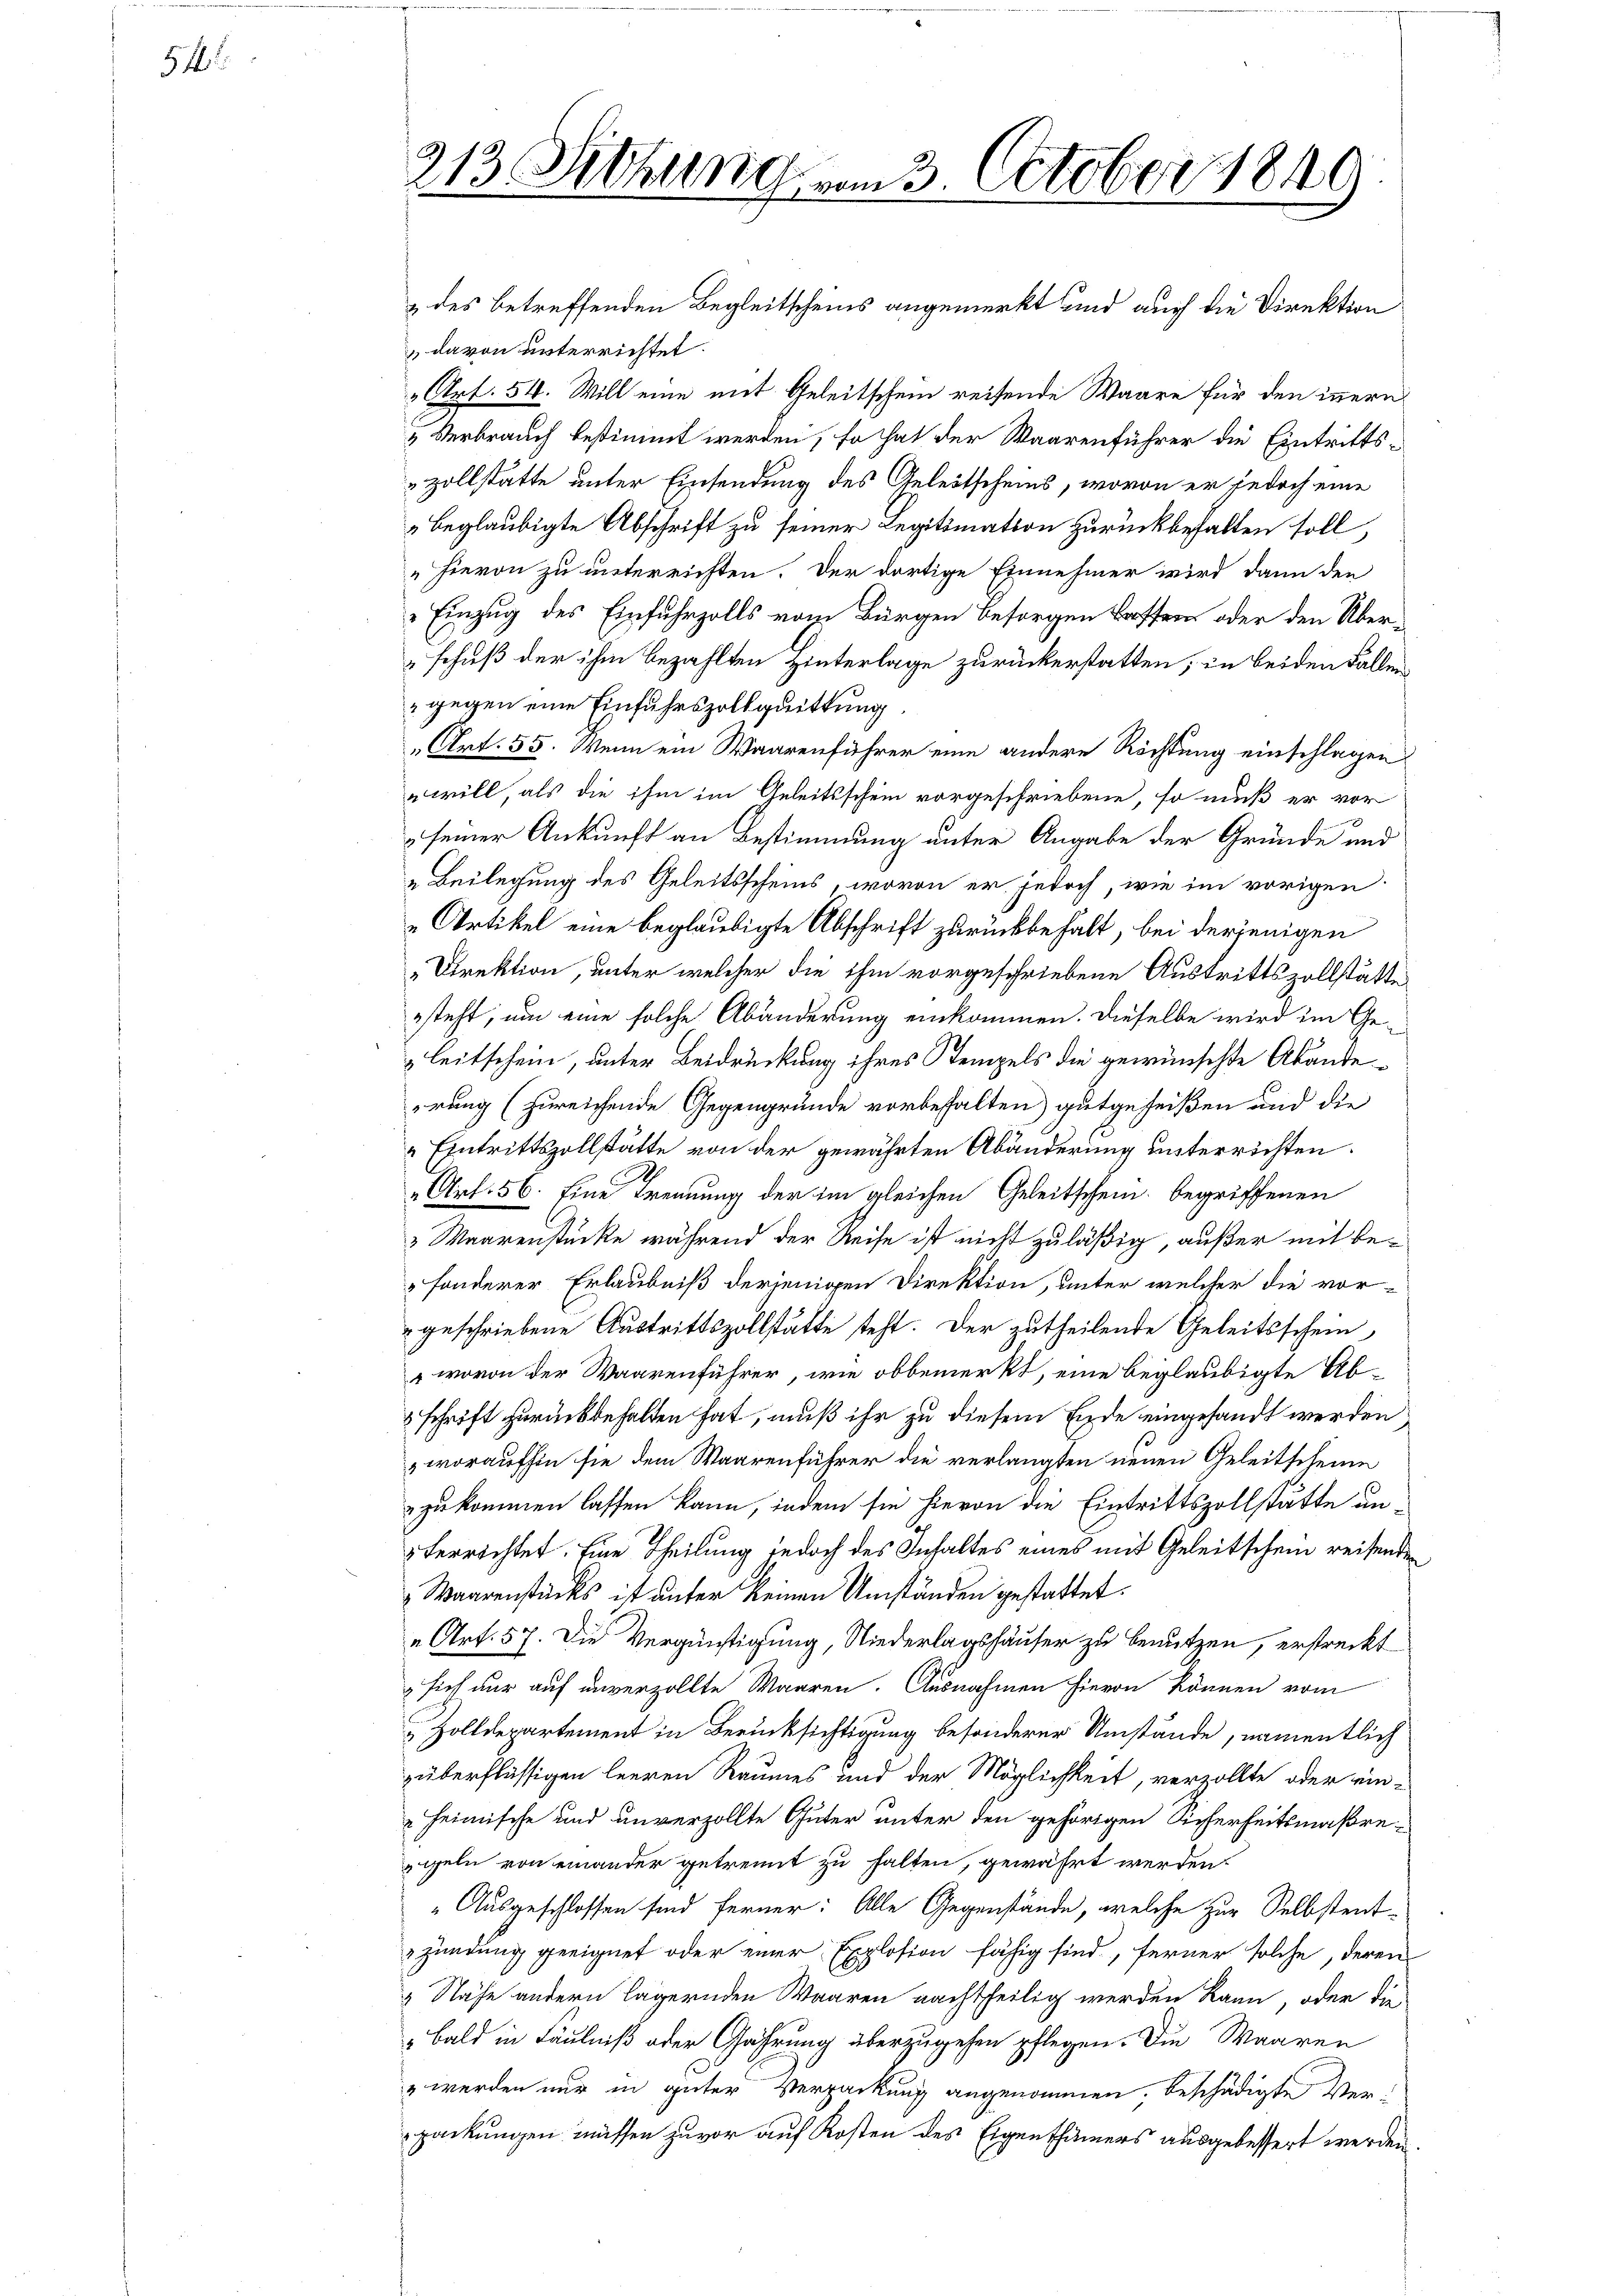
54.

313. Sitzung vom 3. October 1849
.

& des betreffenden Begleitschens angemerkt und auch die Direktion
 davon unterrichtet.
„Art. 54. Will eine mit Geleitschein reifende Waare für den innern
„Verbrauch bestimmt werden, so hat der Waarenführer die Eintrittszollstätte unter Einsendung des Geleitscheins, wovon er jedoch eine
beglaubigte Abschrift zu seiner Legitimation zurückbehalten soll,
" hievon zu unterrichten. Der dortige Einnehmer wird dann den
Einzug des Einfuhrzolls vom Bürgen besorgen Hoffen oder den Überschuß der ihm bezahlten Hinterlage zurückerstatten; in beiden Fallen
 gegen eine Einfuhrszollquittung
„Art. 55. Wenn ein Waarenführer eine andere Richtung einschlagen
will, als die ihm im Geleitsschein vorgeschriebene, so muß er vor
seiner Ankunft an Bestimmung unter Angabe der Gründe und
„ Beilegung des Geleitsscheins, wovon er jedoch, wie im vorigen
„Artikel eine beglaubigte Abschrift zurückbehalt, bei derjenigen
Direktion, unter welcher die ihm vorgeschriebene Austrittszollstätte
esteht, um eine solche Abänderung einkommen. Dieselbe wird im Ge¬
Leitschein, unter Beidrückung ihres Stempels die gewünschte Abändeirung (zureichende Gegengründe vorbehalten) gutgeheißen und die
Eintrittszollstätte von der gewährten Abänderung unterrichten.
„Art. 56. Eine Trennung der im gleichen Geleitschein begriffenen
 Waarenstücke während der Reise ist nicht zuläßig, außer mit besonderer Erlaubniß derjenigen Direktion, unter welcher die vor-
geschriebene Austrittszollstätte steht. Der zutheilende Geleitsschein
, wovon der Waarenführer, wie obbemerkt, eine beglaubigte Ab¬
 schrift zurückbehalten hat, muß ihr zu diesem Ende eingesandt werden
, woraufhin sie dem Waarenführer die verlangten neuen Geleitscheine
zukommen lassen kann, indem sie hievon die Eintrittszollstätte un¬
 terrichtet. Eine Theilung jedoch des Inhaltes eines mit Geleitschein reisenden
Waarenstücks ist unter keinen Umständen gestattet.
„Art. 57. Die Vergünstigung, Niederlagshäuser zu benutzen, erstreckt
sich nur auf unverzollte Waaren. Ausnahmen hievon können vom
 Zolldepartement in Berücksichtigung besonderer Umstände, namentlich
züberflüssigen leeren Raumes und der Möglichkeit, verzollte oder ein-
 heimische und unverzollte Güter unter den gehörigen Sicherheitsmaßreegeln von einander getrennt zu halten, gewährt werden.
Ausgeschlossen sind ferner: Alle Gegenstände, welche zur Selbstent-
zündung geeignet oder einer Explosion fähig sind, ferner solche, deren
 Nähe andern lägernden Waaren nachtheilig werden kann, oder die
„Bald in Fäulniß oder Gährung überzugehen pflegen. Die Waaren
" werden nur in guter Verpackung angenommen, beschädigte Verpackungen müssen zuvor auf Kosten des Eigenthümers ausgebessert werden